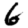
Digit: 6